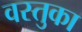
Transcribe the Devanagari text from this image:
वस्‍तुका